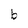
Character: b